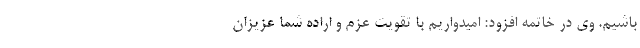
باشیم. وی در خاتمه افزود: امیدواریم با تقویت عزم و اراده شما عزیزان